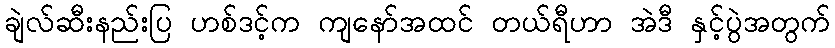
ချဲလ်ဆီးနည်းပြ ဟစ်ဒင့်က ကျနော်အထင် တယ်ရီဟာ အဲဒီ နှင့်ပွဲအတွက်